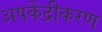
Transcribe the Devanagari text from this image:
अपकेंद्रीकरण